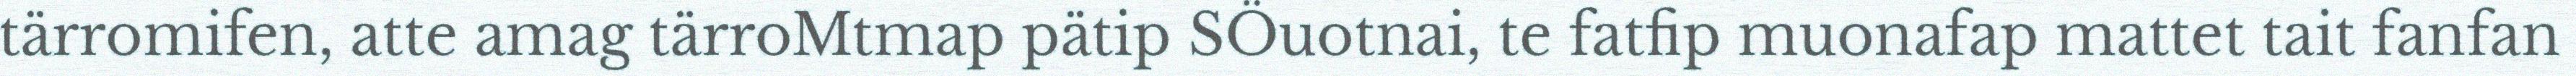
tärromifen, atte amag tärroMtmap pätip SÖuotnai, te fatfip muonafap mattet tait fanfan